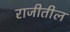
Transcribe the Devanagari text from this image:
राजीतील